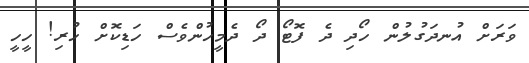
ވަރަށް އުނދަގުލުން ހޯދި ދެ ފޮޓޯ ދޯ ދެމީހުންވެސް ހަޑިކޮށް ހުރި! ހީހީ